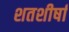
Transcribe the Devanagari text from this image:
शतशीर्षा